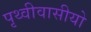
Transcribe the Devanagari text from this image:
पृथ्वीवासीयो